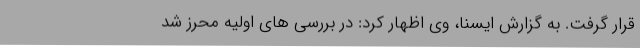
قرار گرفت. به گزارش ایسنا، وی اظهار کرد: در بررسی های اولیه محرز شد